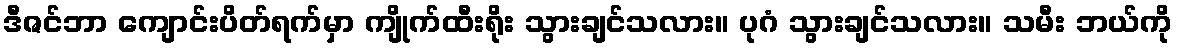
ဒီဇင်ဘာ ကျောင်းပိတ်ရက်မှာ ကျိုက်ထီးရိုး သွားချင်သလား။ ပုဂံ သွားချင်သလား။ သမီး ဘယ်ကို